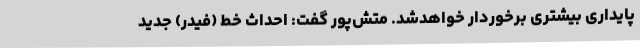
پایداری بیشتری برخوردار خواهدشد. متش‌پور گفت: احداث خط (فیدر) جدید